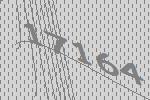
17164